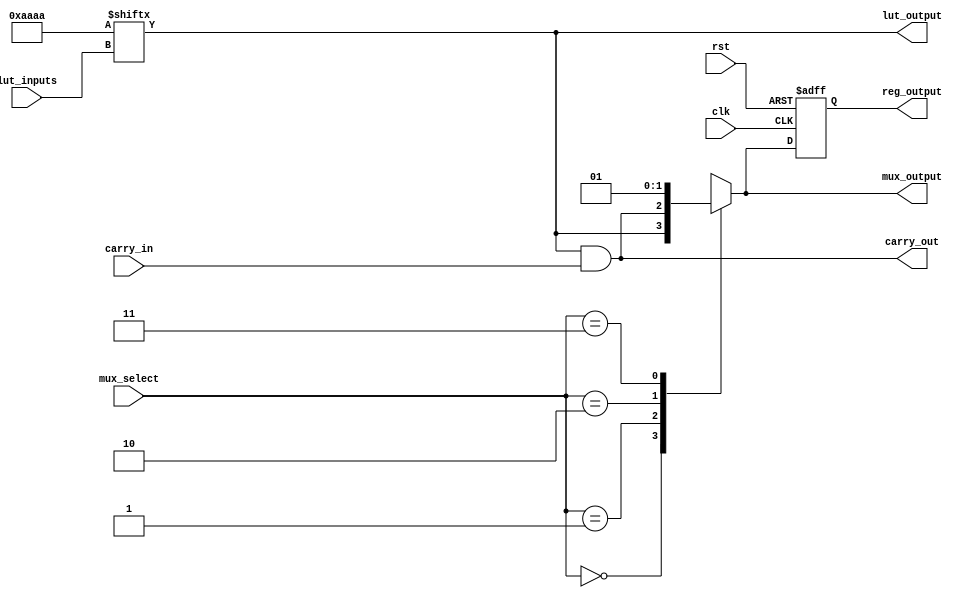
module CLB (
    input wire [3:0] lut_inputs,     // 4 inputs for the LUT
    input wire [1:0] mux_select,      // 2-bit select for the MUX
    input wire carry_in,               // Carry input for arithmetic operations
    input wire clk,                    // Clock for the register
    input wire rst,                    // Reset signal
    output wire lut_output,            // Output from the LUT
    output wire mux_output,            // Output from the MUX
    output wire carry_out,             // Carry output
    output reg reg_output              // Output from the register
);

    // Configuration memory for LUT (4-input)
    reg [15:0] lut_config; // 16 possible combinations for 4 inputs

    // LUT implementation
    always @(*) begin
        // Example configuration: LUT that implements a simple function
        // You can configure this as needed
        lut_config = 16'b1010101010101010; // Example truth table
        lut_output = lut_config[lut_inputs]; // Output based on inputs
    end

    // MUX implementation
    always @(*) begin
        case (mux_select)
            2'b00: mux_output = lut_output; // Select LUT output
            2'b01: mux_output = carry_out;   // Select carry output
            2'b10: mux_output = 1'b0;         // Select constant 0
            2'b11: mux_output = 1'b1;         // Select constant 1
            default: mux_output = 1'b0;       // Default case
        endcase
    end

    // Carry chain implementation
    assign carry_out = lut_output & carry_in; // Simple carry logic

    // Register implementation
    always @(posedge clk or posedge rst) begin
        if (rst) begin
            reg_output <= 1'b0; // Reset the register
        end else begin
            reg_output <= mux_output; // Store MUX output in the register
        end
    end

endmodule